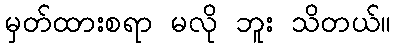
မှတ်ထားစရာ မလို ဘူး သိတယ်။